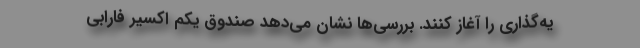
یه‌گذاری را آغاز کنند. بررسی‌ها نشان می‌دهد صندوق یکم اکسیر فارابی